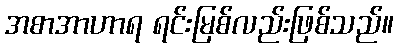
အစာအာဟာရ ရင်းမြစ်လည်းဖြစ်သည်။